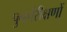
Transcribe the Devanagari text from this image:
पुनर्परीक्षणों